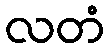
လတံ